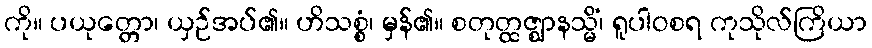
ကို။ ပယုတ္တော၊ ယှဉ်အပ်၏။ ဟိသစ္စံ၊ မှန်၏။ စတုတ္ထဇ္ဈာနသ္မိံ၊ ရူပါဝစရ ကုသိုလ်ကြိယာ